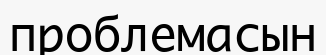
проблемасын